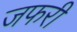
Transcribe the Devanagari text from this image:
जफरी